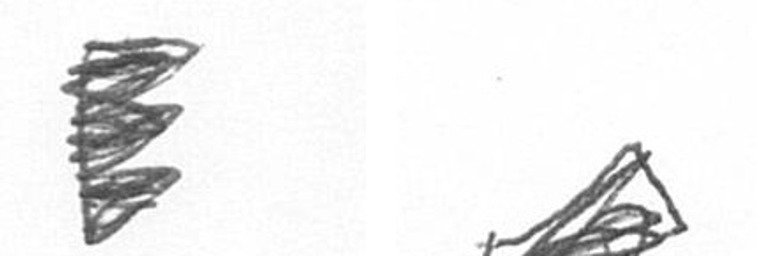
H O